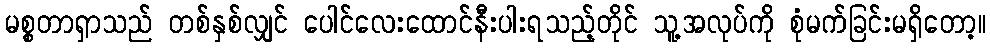
မစ္စတာရှာသည် တစ်နှစ်လျှင် ပေါင်လေးထောင်နီးပါးရသည့်တိုင် သူ့အလုပ်ကို စုံမက်ခြင်းမရှိတော့။